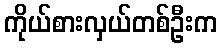
ကိုယ်စားလှယ်တစ်ဦးက